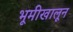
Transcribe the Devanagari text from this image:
भूमीखालून